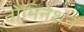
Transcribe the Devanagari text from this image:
नोमिनेशन